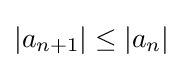
|a_{n+1}|\leq |a_{n}|